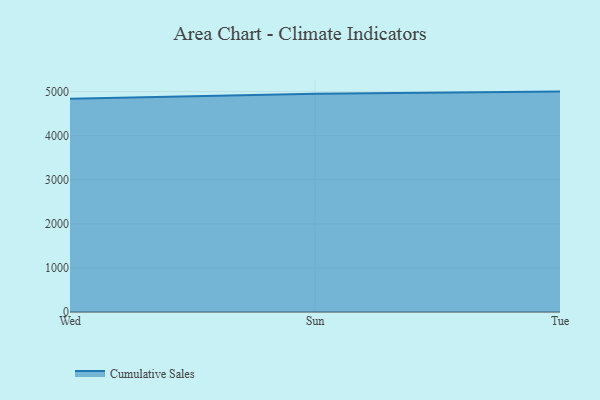
{"axis": {"x": "Day", "y": "Website Visitors"}, "legend": ["Cumulative Sales"], "data": [{"x": "Wed", "y": 4837.2, "type": "Cumulative Sales"}, {"x": "Sun", "y": 4953.8, "type": "Cumulative Sales"}, {"x": "Tue", "y": 5000, "type": "Cumulative Sales"}]}